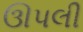
ઊપલી